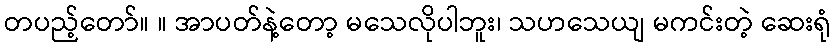
တပည့်တော်။ ။ အာပတ်နဲ့တော့ မသေလိုပါဘူး၊ သဟသေယျ မကင်းတဲ့ ဆေးရုံ